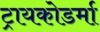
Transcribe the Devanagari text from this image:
ट्रायकोडर्मा